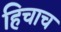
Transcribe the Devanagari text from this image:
हिचाच